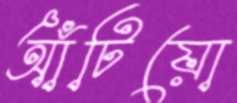
আঁটিয়ো